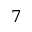
7